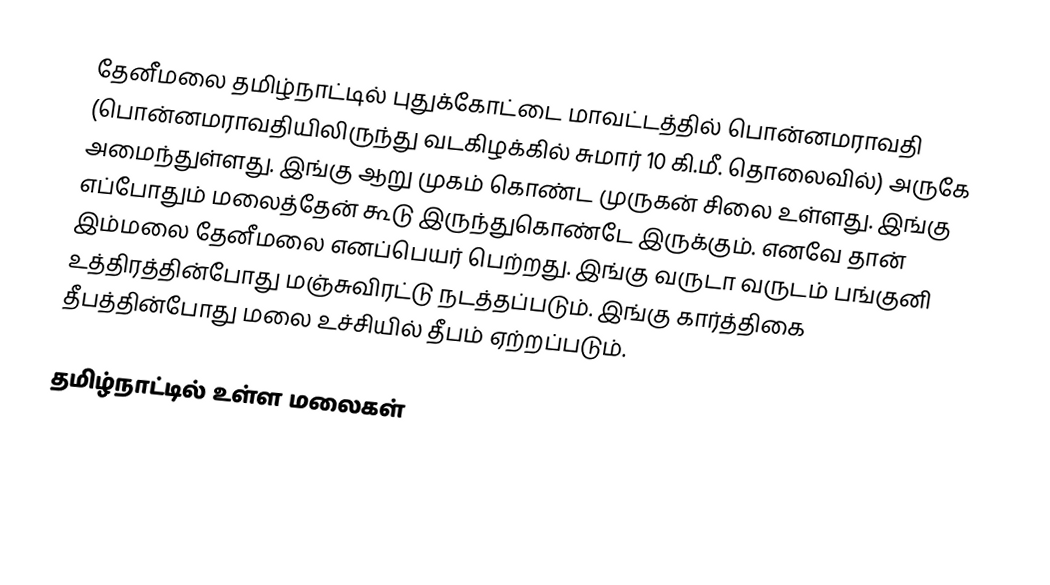
தேனீமலை தமிழ்நாட்டில் புதுக்கோட்டை மாவட்டத்தில் பொன்னமராவதி (பொன்னமராவதியிலிருந்து வடகிழக்கில் சுமார் 10 கி.மீ. தொலைவில்) அருகே அமைந்துள்ளது. இங்கு ஆறு முகம் கொண்ட முருகன் சிலை உள்ளது. இங்கு எப்போதும் மலைத்தேன் கூடு இருந்துகொண்டே இருக்கும். எனவே தான் இம்மலை தேனீமலை எனப்பெயர் பெற்றது. இங்கு வருடா வருடம் பங்குனி உத்திரத்தின்போது மஞ்சுவிரட்டு நடத்தப்படும். இங்கு கார்த்திகை தீபத்தின்போது மலை உச்சியில் தீபம் ஏற்றப்படும்.

தமிழ்நாட்டில் உள்ள மலைகள்